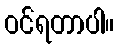
ဝင်ရတာပါ။